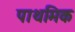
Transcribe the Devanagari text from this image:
पाथमिक